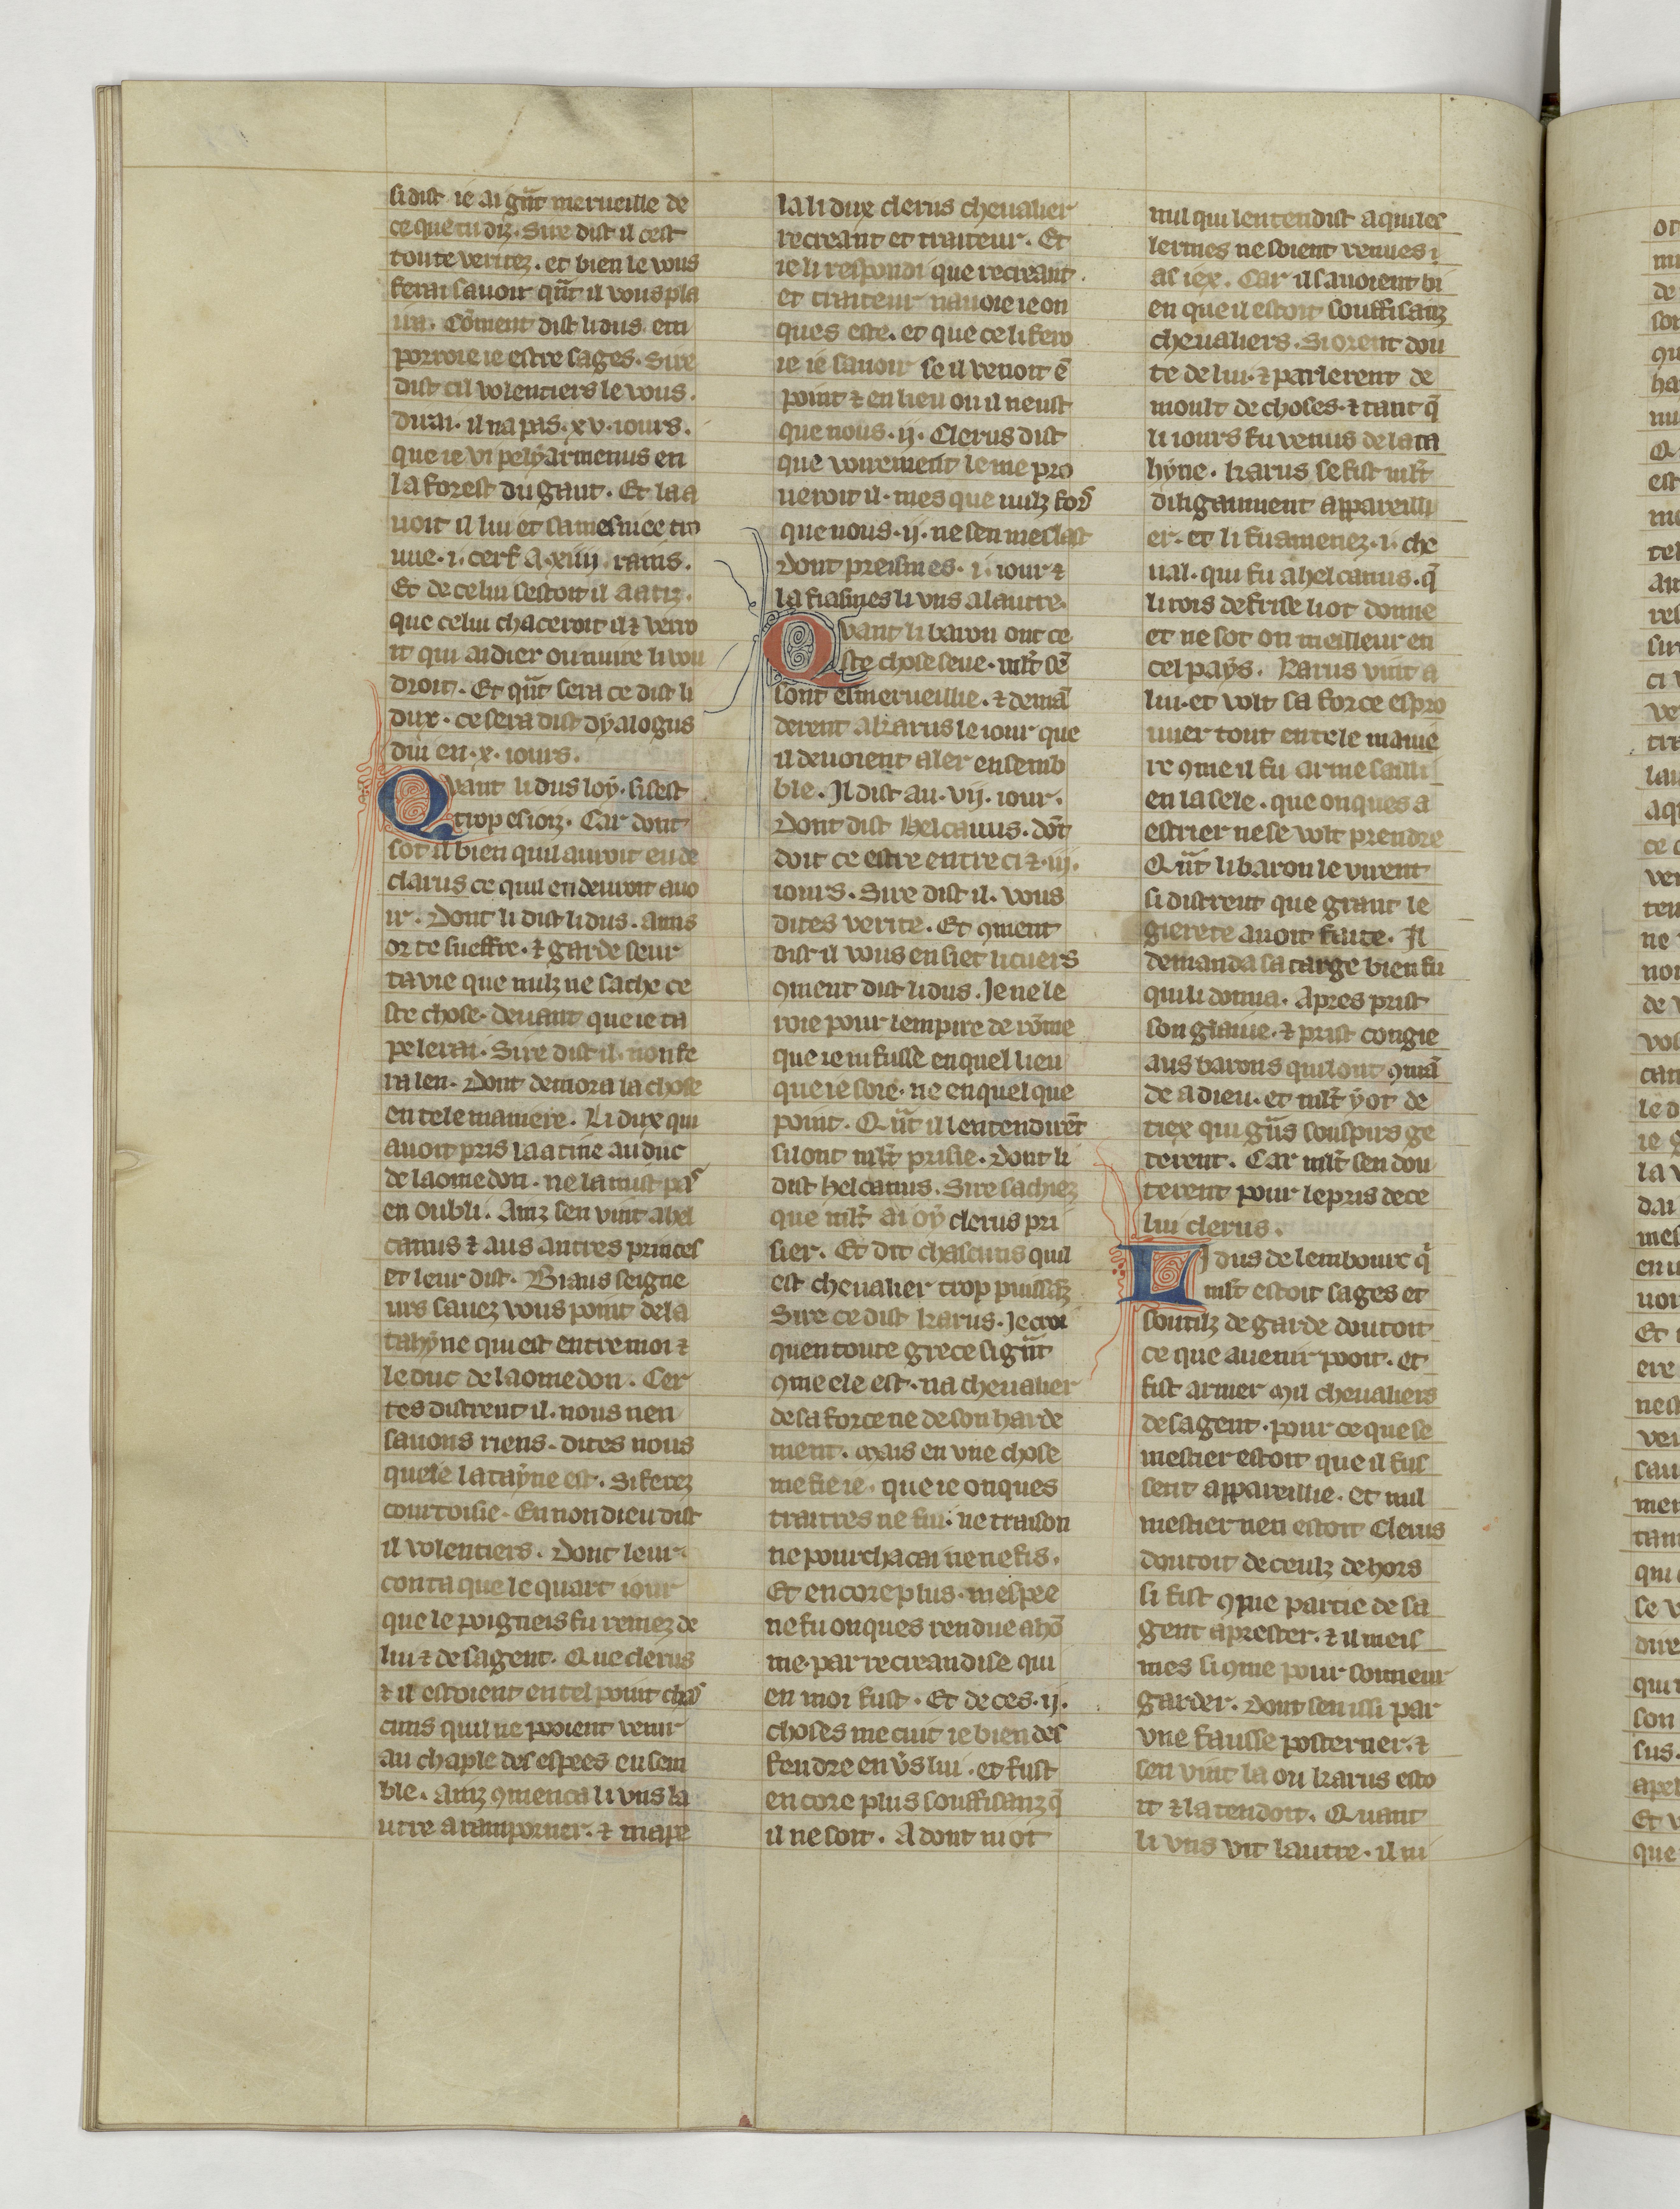
Shelfmark: Paris, BnF, fr. 22549
Century: 14